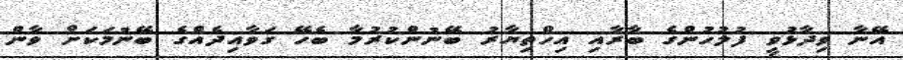
އޭނާ ވިދާޅުވީ ފުލުހުންގެ ބާރާއި އިހްތިޔާރު ބޭނުންކުރުމާ ބެހޭ ގަވާއިދެއްގެ ބޭނުމަކަށް ވާން